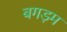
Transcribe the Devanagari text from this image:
बगड़म